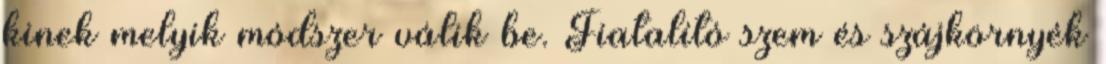
kinek melyik módszer válik be. Fiatalító szem és szájkörnyék